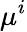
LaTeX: \mu^{i}